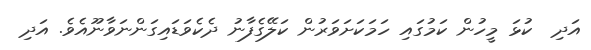
އަދި  ކުޅަ މީހުން ކަމުގައި ހަމަކަށަވަރުން ކަލޭގެފާނު ދެކެވަޑައިގަންނަވާނޫއެވެ. އަދި